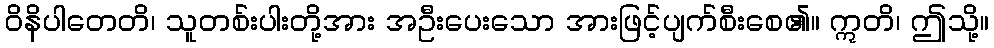
ဝိနိပါတေတိ၊ သူတစ်းပါးတို့အား အဦးပေးသော အားဖြင့်ပျက်စီးစေ၏။ ဣတိ၊ ဤသို့။